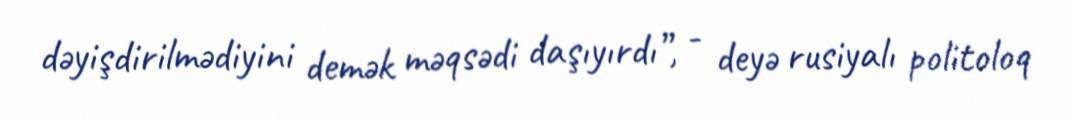
dəyişdirilmədiyini demək məqsədi daşıyırdı”, - deyə rusiyalı politoloq